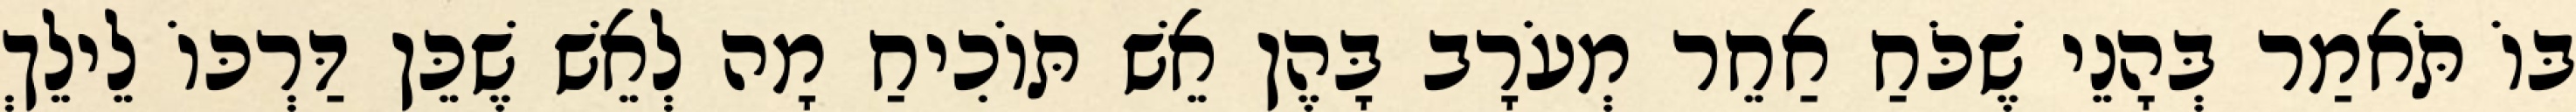
בּוֹ תֹּאמַר בְּהָנֵי שֶׁכֹּחַ אַחֵר מְעֹרָב בָּהֶן אֵשׁ תּוֹכִיחַ מָה לְאֵשׁ שֶׁכֵּן דַּרְכּוֹ לֵילֵךְ